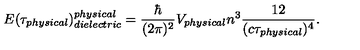
E ( \tau _ { \small p h y s i c a l } ) _ { \small d i e l e c t r i c } ^ { \small p h y s i c a l } = { \frac { \hbar } { ( 2 \pi ) ^ { 2 } } } V _ { \small p h y s i c a l } n ^ { 3 } { \frac { 1 2 } { ( c \tau _ { \small p h y s i c a l } ) ^ { 4 } } } .